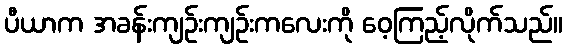
ပီယာက အခန်းကျဉ်းကျဉ်းကလေးကို ဝေ့ကြည့်လိုက်သည်။